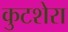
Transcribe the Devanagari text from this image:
कुटशेरा